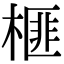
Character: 榧